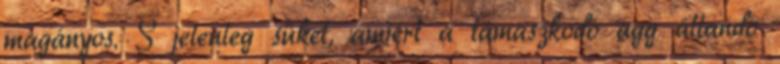
magányos. S jelenleg süket, amiért a támaszkodó agg állandó